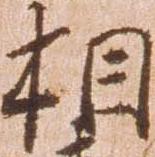
相